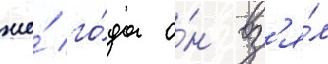
же́ го́да о́н вз'я́л